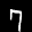
Label: 7